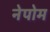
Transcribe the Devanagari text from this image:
नेपोम